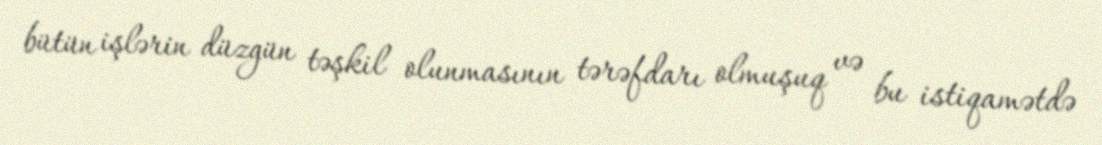
bütün işlərin düzgün təşkil olunmasının tərəfdarı olmuşuq və bu istiqamətdə